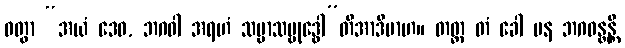
ဝတွာ “အယံ ဒေဝ, ဘဂဝါ အရဟံ သမ္မာသမ္ဗုဒ္ဓေါ”တိအာဒိမာဟ။ တတ္ထ တံ ခေါ ပန ဘဂဝန္တန္တိ